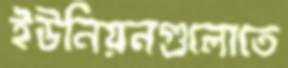
ইউনিয়নগুলোতে